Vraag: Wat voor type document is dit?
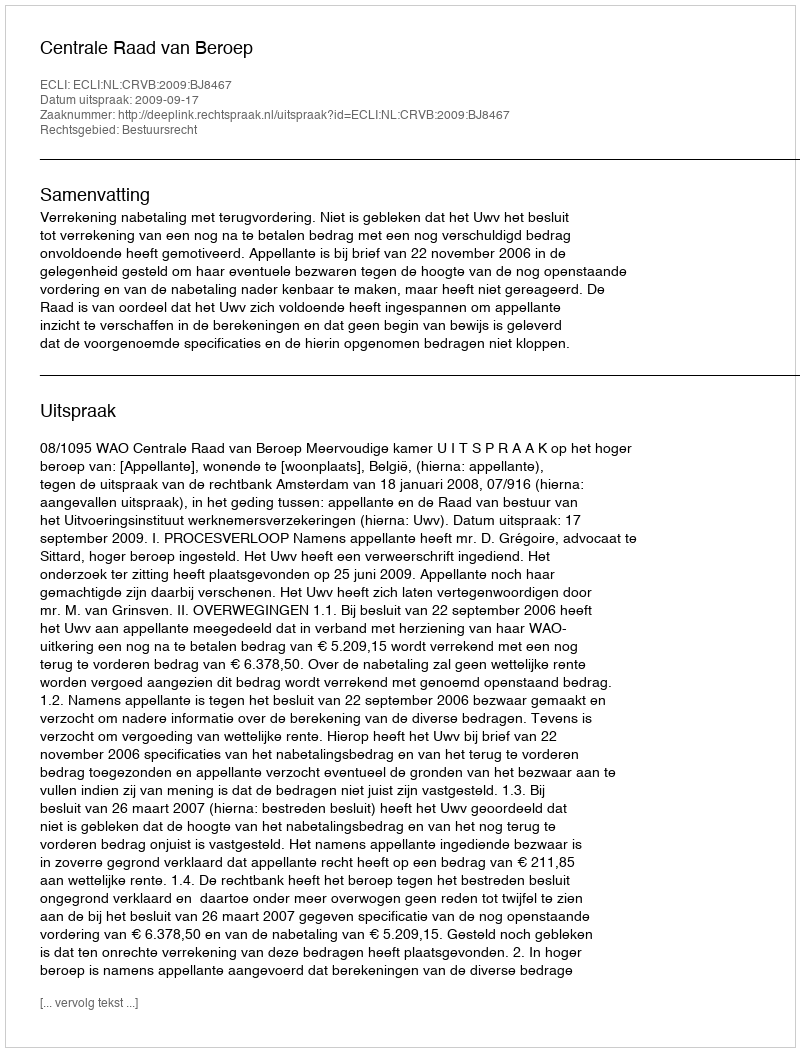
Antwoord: Uitspraak